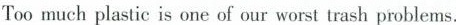
Too much plastic is one of our worst trash problems.